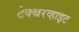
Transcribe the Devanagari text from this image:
टेक्श्चरव्हाइट